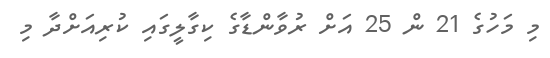
މި މަހުގެ 21 ން 25 އަށް ރުވާންޑާގެ ކިގާލީގައި ކުރިއަށްދާ މި